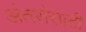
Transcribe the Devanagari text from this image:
अंतरांसाठी